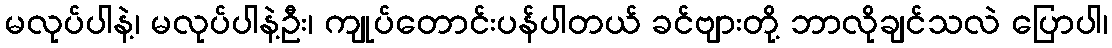
မလုပ်ပါနဲ့၊ မလုပ်ပါနဲ့ဦး၊ ကျုပ်တောင်းပန်ပါတယ် ခင်ဗျားတို့ ဘာလိုချင်သလဲ ပြောပါ၊